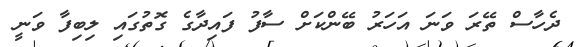
ދެހާސް ތޭރަ ވަނަ އަހަރު ބޭންކަށް ސާފު ފައިދާގެ ގޮތުގައި ލިބިފާ ވަނީ